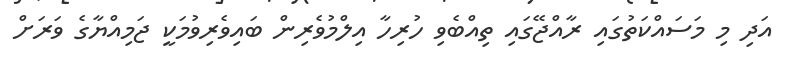
އަދި މި މަސައްކަތުގައި ރާއްޖޭގައި ތިއްބެވި ހުރިހާ އިލްމުވެރިން ބައިވެރިވުމަކީ ޖަމިއްޔާގެ ވަރަށް